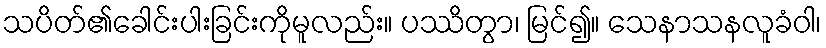
သပိတ်၏ခေါင်းပါးခြင်းကိုမူလည်း။ ပဿိတွာ၊ မြင်၍။ သေနာသနလူခံဝါ၊